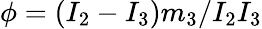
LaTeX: \phi=(I_{2}-I_{3})m_{3}/I_{2}I_{3}